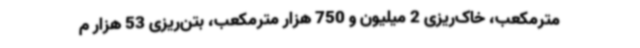
مترمکعب، خاک‌ریزی 2 میلیون و 750 هزار مترمکعب، بتن‌ریزی 53 هزار م